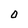
Character: O